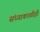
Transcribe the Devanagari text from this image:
संध्याकाळीही